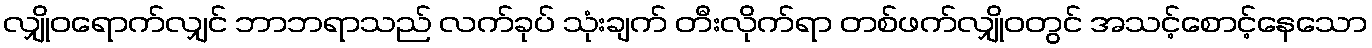
လျှိုဝရောက်လျှင် ဘာဘရာသည် လက်ခုပ် သုံးချက် တီးလိုက်ရာ တစ်ဖက်လျှိုဝတွင် အသင့်စောင့်နေသော